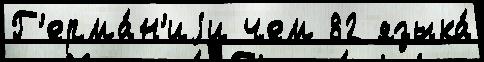
Г'ерма́н'иjи чем 82 языка́